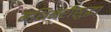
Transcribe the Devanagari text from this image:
मशिनरीसुद्धा